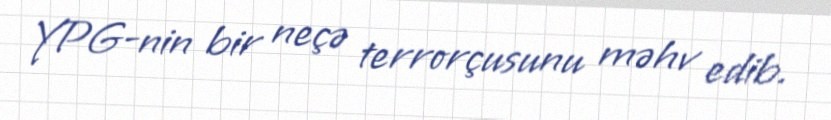
YPG-nin bir neçə terrorçusunu məhv edib.